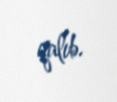
qalıb.